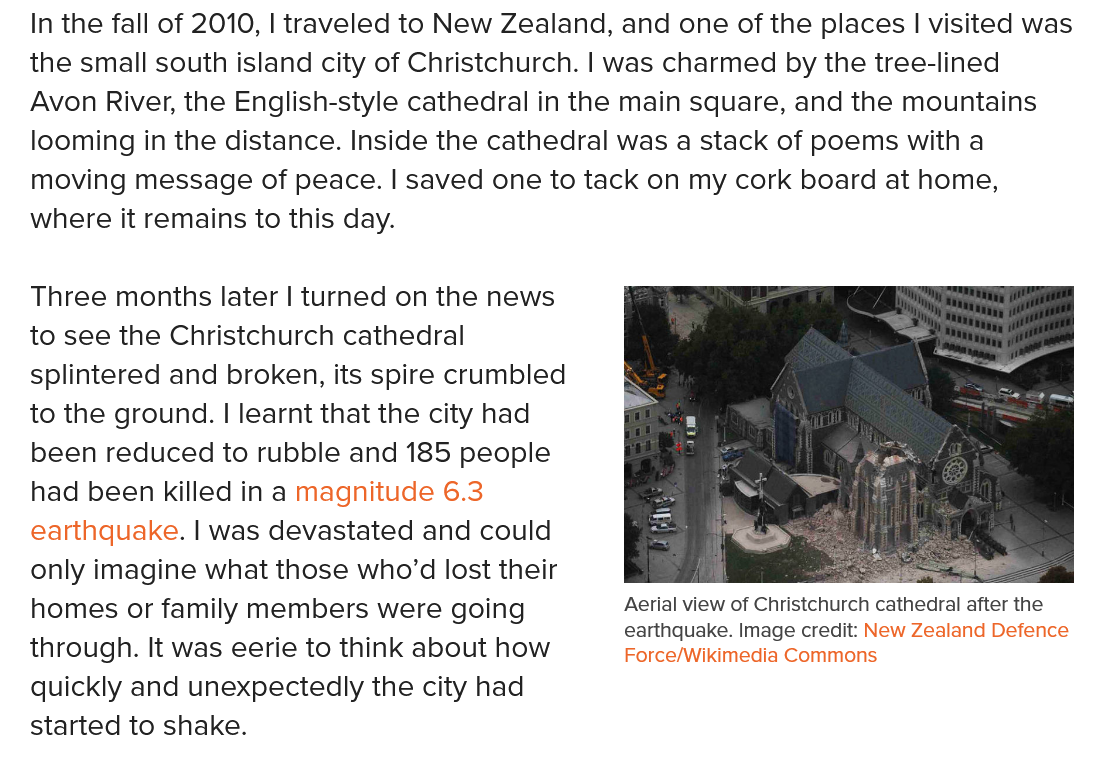
In the fall of 2010, | traveled to New Zealand, and one of the places | visited was
  the small south island city of Christchurch. | was charmed by the tree-lined
  Avon River, the English-style cathedral in the main square, and the mountains
   looming in the distance. Inside the cathedral was a stack of poems with a
   moving message of peace. | saved one to tack on my cork board at home,
   where it remains to this day.
   Three months later | turned on the news
  to see the Christchurch cathedral
   splintered and broken, its spire crumbled
  to the ground. | learnt that the city had
   been reduced to rubble and 185 people
   had been killed in a magnitude 6.3
   earthquake. | was devastated and could
   only imagine what those who’d lost their
   homes or family members were going
  through. It was eerie to think about how
   quickly and unexpectedly the city had
   started to shake.
     Aerial view of Christchurch cathedral after the
     earthquake. Image credit: New Zealand Defence
     Force/Wikimedia Commons